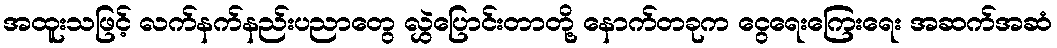
အထူးသဖြင့် လက်နက်နည်းပညာတွေ လွှဲပြောင်းတာတို့ နောက်တခုက ငွေရေးကြေးရေး အဆက်အဆံ